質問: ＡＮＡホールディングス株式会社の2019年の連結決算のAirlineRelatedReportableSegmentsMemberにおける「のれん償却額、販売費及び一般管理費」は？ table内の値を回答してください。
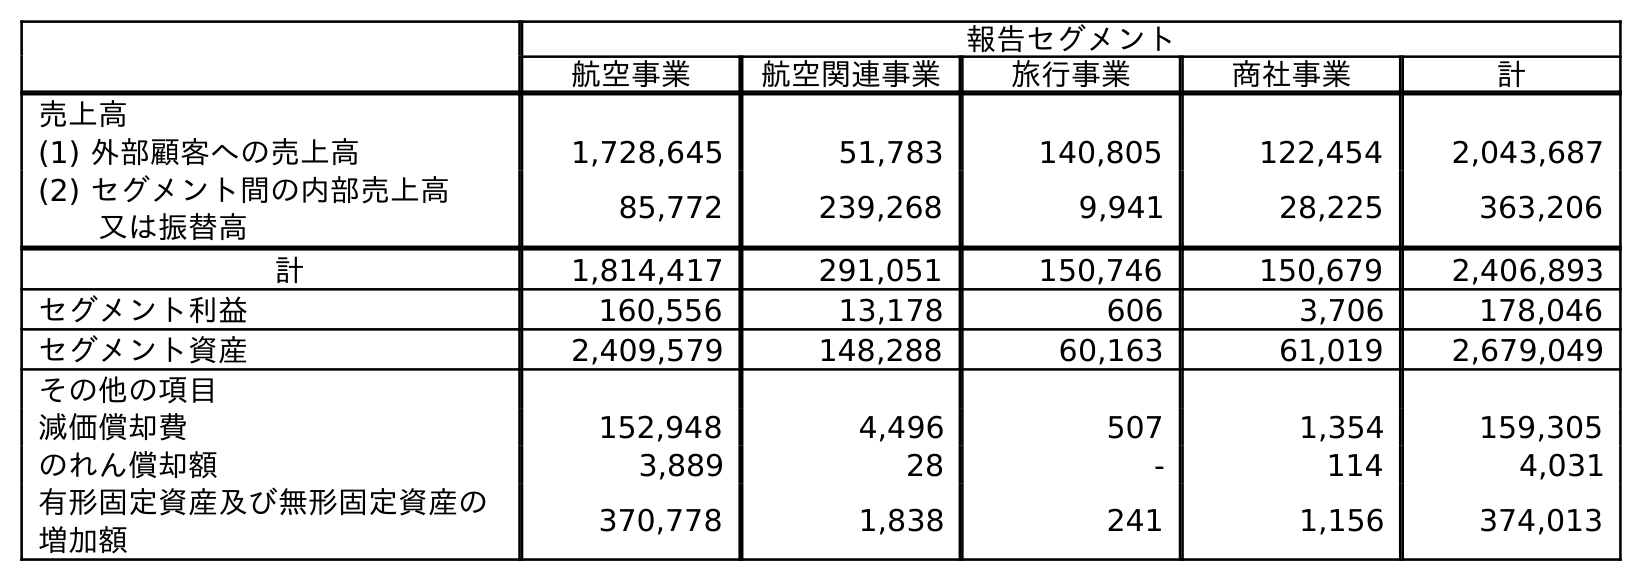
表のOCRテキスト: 報告セグメント 航空事業 航空関連事業 旅行事業 商社事業 計 売上高 (1) 外部顧客への売上高 1,728,645 51,783 140,805 122,454 2,043,687 (2) セグメント間の内部売上高 又は振替高 85,772 239,268 9,941 28,225 363,206 計 1,814,417 291,051 150,746 150,679 2,406,893 セグメント利益 160,556 13,178 606 3,706 178,046 セグメント資産 2,409,579 148,288 60,163 61,019 2,679,049 その他の項目 減価償却費 152,948 4,496 507 1,354 159,305 のれん償却額 3,889 28 - 114 4,031 有形固定資産及び無形固定資産の 増加額 370,778 1,838 241 1,156 374,013
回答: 28